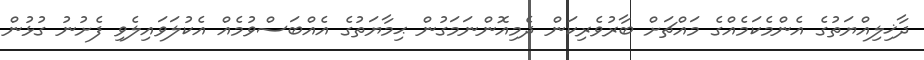
ދާޚިލިއްޔަތުގެ އެންމެކަމެއްގެ މައްޗަށް ބާރުވެރިކަން ދެމިއޮންނަމަގުން ޙިމާޔަތުގެ އެއްބަސްވުމެއް އެކުލަވައިލެވި ފެށުނު ގުޅުން